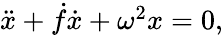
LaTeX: \begin{array}{r}{\ddot{x}+\dot{f}\dot{x}+\omega^{2}x=0,}\end{array}